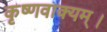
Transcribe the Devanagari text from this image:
कृष्णवाक्यम्।